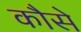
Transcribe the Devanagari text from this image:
कौसे